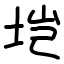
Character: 垲